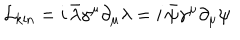
\mathcal { L } _ { \mathrm { k i n } } = i \, \bar { \lambda } \gamma ^ { \mu } \partial _ { \mu } \lambda = i \, \bar { \psi } \gamma ^ { \mu } \partial _ { \mu } \psi